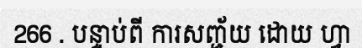
266 . បន្ទាប់ពី ការសញ្ជ័យ ដោយ ហ្វា